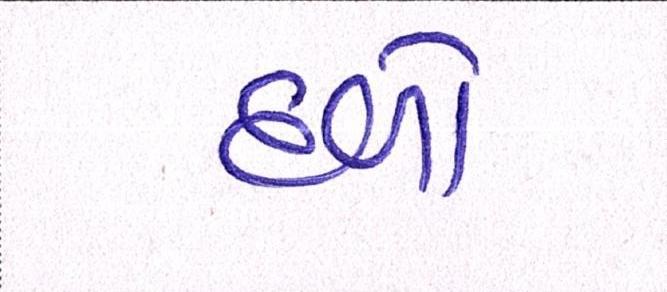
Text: દળો